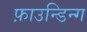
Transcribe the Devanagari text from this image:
फ़ाउन्डिन्ग